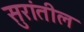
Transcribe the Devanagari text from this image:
सुरांतील